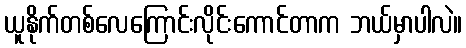
ယူနိုက်တစ်လေကြောင်းလိုင်းကောင်တာက ဘယ်မှာပါလဲ။